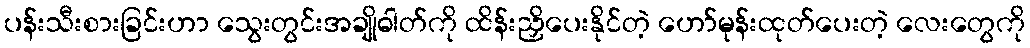
ပန်းသီးစားခြင်းဟာ သွေးတွင်းအချိုဓါတ်ကို ထိန်းညှိပေးနိုင်တဲ့ ဟော်မုန်းထုတ်ပေးတဲ့ လေးတွေကို